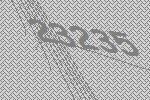
23235